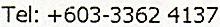
TEL: +603-3362 4137